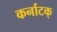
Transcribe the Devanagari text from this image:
कर्नाटक्